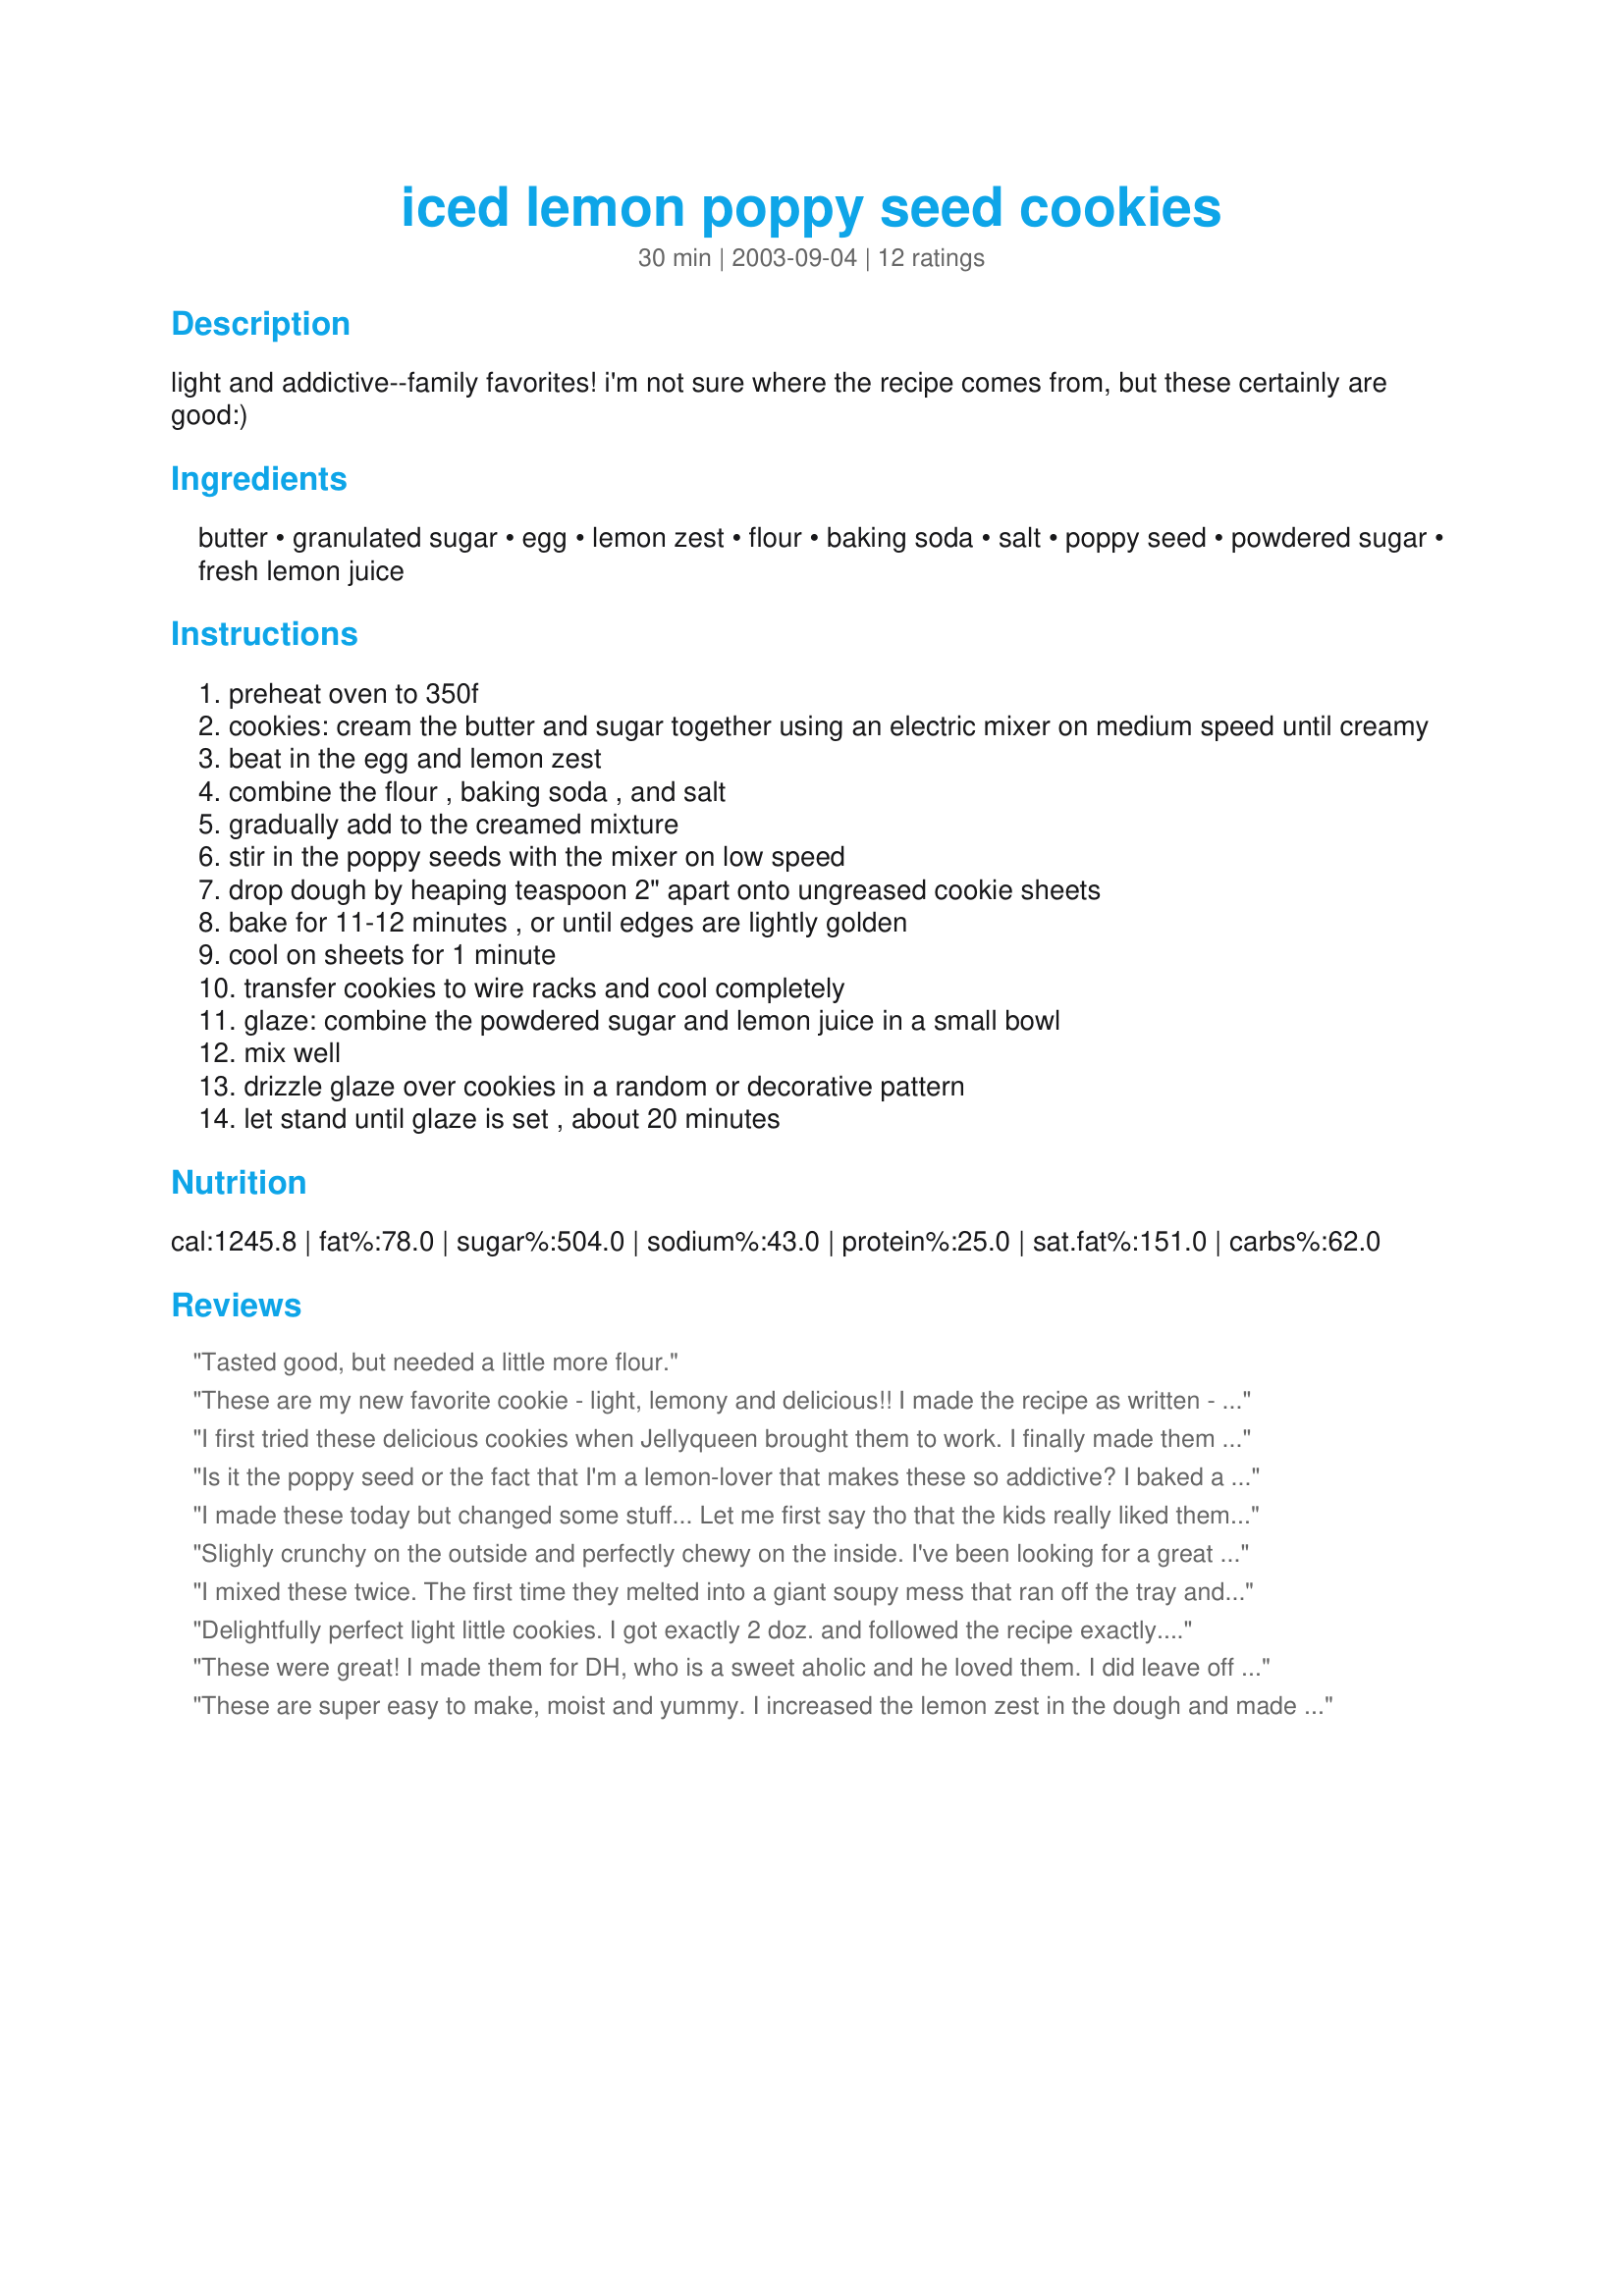
iced lemon poppy seed cookies
Preparation time: 30 minutes

light and addictive--family favorites! i'm not sure where the recipe comes from, but these certainly are good:)

Ingredients:
butter, granulated sugar, egg, lemon zest, flour, baking soda, salt, poppy seed, powdered sugar, fresh lemon juice

Steps:
preheat oven to 350f
cookies: cream the butter and sugar together using an electric mixer on medium speed until creamy
beat in the egg and lemon zest
combine the flour , baking soda , and salt
gradually add to the creamed mixture
stir in the poppy seeds with the mixer on low speed
drop dough by heaping teaspoon 2" apart onto ungreased cookie sheets
bake for 11-12 minutes , or until edges are lightly golden
cool on sheets for 1 minute
transfer cookies to wire racks and cool completely
glaze: combine the powdered sugar and lemon juice in a small bowl
mix well
drizzle glaze over cookies in a random or decorative pattern
let stand until glaze is set , about 20 minutes

Reviews:
Tasted good, but needed a little more flour.
These are my new favorite cookie - light, lemony and delicious!! I made the recipe as written - no changes and they were perfect. Thanks for sharing.
I first tried these delicious cookies when Jellyqueen brought them to work. I finally made them for my family this weekend. The cookies were very easy to make and the addition of the glaze is a must. Next time I make these, I plan to double the recipe.
Is it the poppy seed or the fact that I'm a lemon-lover that makes these so addictive? I baked a double batch this morning for a group of ladies this afternoon and everyone wants the recipe! They are yummy, light and pretty too. p.s. I had a lot of leftover glaze. Next time, I'll cut down on those ingredients.
I made these today but changed some stuff... Let me first say tho that the kids really liked them.<br/><br/>Okay, so I doubled the recipe and used 12 packets of Splenda and 3 T of honey instead of the granulated sugar. It was really thick so I used 3 eggs instead of 2 (in the double batter recipe). It was still thick enough that i literally used my hands and kneaded the batter Seeing that they didn't spread at all, the next tray I pressed them down a bit and basicly molded a cookie shape. They were perfect. Not too sweet, not too lemony, just really good. And again, the kids thought they were great with no sugar! :) I'll post a pic if I can.<br/>thanks JDG for the recipe!
Slighly crunchy on the outside and perfectly chewy on the inside. I've been looking for a great lemon cookie recipe and so far this is the one for me. The glaze is amazing (I had to skimp a little on the cookies because I was eating it out of the bowl...) and the only disappointing part was that I could only have 3 cookies since I had to give the rest away in an exchange. This mixes up and bakes in no time, so it will be easy to double the recipe next time...
I mixed these twice. The first time they melted into a giant soupy mess that ran off the tray and burnt on the bottom of the oven. The second time they melted and spread out to nearly 3 inches before they started to set. I'm not at any elevation so that's not the problem. It the amount of flour correct? What am I doing wrong?
Delightfully perfect light little cookies. I got exactly 2 doz. and followed the recipe exactly. I did end up with a lot of extra glaze- I just brushed the glaze on with a silicone brush, let them sit and then brushed again. I had just finished baking a lemon blueberry cake that also needed glazing, so used the extra on that. These are excellent cookies, I just wish the recipe made more! I'll definitely be making another batch of these soon.
These were great! I made them for DH, who is a sweet aholic and he loved them. I did leave off the glaze because he doesn't care for the glaze on cookies, but the next time I am going to make a double batch and glaze some of them. Thanks for the great recipe. I have already had to pass the recipe on to others.
These are super easy to make, moist and yummy. I increased the lemon zest in the dough and made the glaze a little thinner for a more lemony taste. Also cut the glaze amount in half which turned out to be the right amount. These cookies are great from grandma to toddler
I realized I forgot to review these. Last year I was looking for one more cookie recipe to fill out my cookie trays, and I had everything on hand allready for these. I used dried zest which I accidentally didn't notice I was only suspose to use half for, but they tasted wonderful anyways. Only thing I didnt have was lemon juice, so I skipped the icing, this year, I will be doing half with and half without, because they were a hit!
These cookies are perfect with iced tea and hot weather! The combination of lemony sweet cookie and tart glaze is wonderful. I got a bit "zesty", so mine were a bit more tangy. We loved these, and thank you for sharing.
